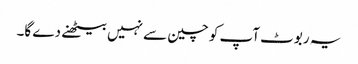
یہ ربوٹ آپ کو چین سے نہیں بیٹھنے دے گا۔